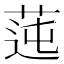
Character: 𦰭